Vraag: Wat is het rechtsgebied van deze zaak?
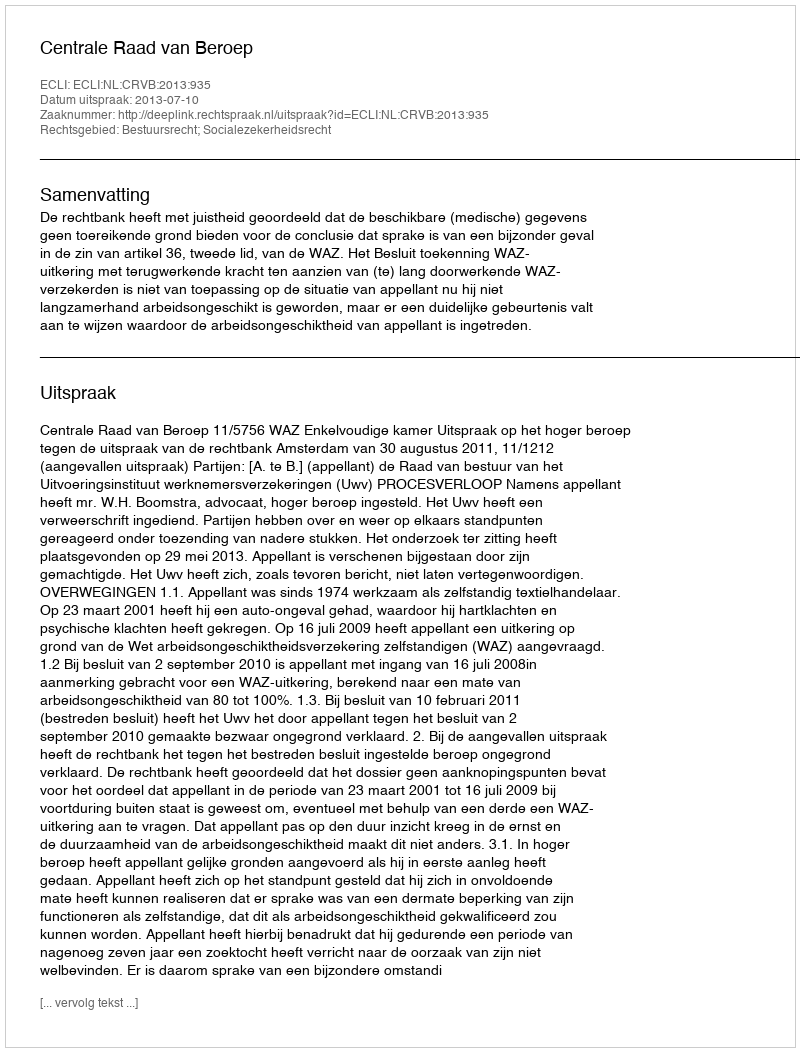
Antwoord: Bestuursrecht; Socialezekerheidsrecht